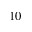
_ { 1 0 }